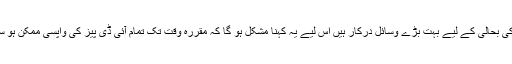
متاثرین کی بحالی کے لیے بہت بڑے وسائل درکار ہیں اس لیے یہ کہنا مشکل ہو گا کہ مقررہ وقت تک تمام آئی ڈی پیز کی واپسی ممکن ہو سکے گی۔